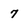
Character: 7